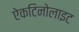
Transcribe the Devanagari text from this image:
ऐकटिनोलाइट